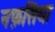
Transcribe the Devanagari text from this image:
नफ़सिया